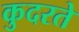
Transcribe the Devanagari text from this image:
कुदरते